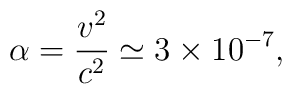
\alpha=\frac{v^2}{c^2}\simeq 3\times 10^{-7},